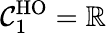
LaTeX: \mathcal{C}_{1}^{\mathrm{HO}}=\mathbb{R}